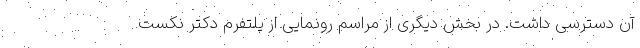
آن دسترسی داشت. در بخش دیگری از مراسم رونمایی از پلتفرم دکتر نکست